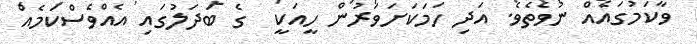
ވާކަމުގައެއް ނުވެތެވެ. އަދި ހަމަކަށަވަރުން ހީއަކީ  ގެ ބަދަލުގައި އެއްވެސްކަމެއް